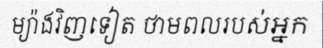
ម្យ៉ាងវិញទៀត ថាមពលរបស់អ្នក